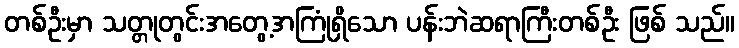
တစ်ဦးမှာ သတ္တုတွင်းအတွေ့အကြုံရှိသော ပန်းဘဲဆရာကြီးတစ်ဦး ဖြစ် သည်။